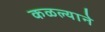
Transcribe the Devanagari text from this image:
कळल्याने